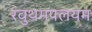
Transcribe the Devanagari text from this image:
रवुथमपलयम